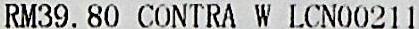
RM39.80 CONTRA W LCN00211